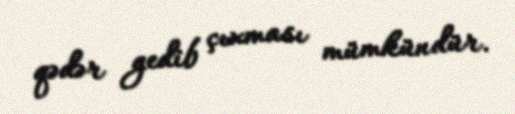
qədər gedib çıxması mümkündür.